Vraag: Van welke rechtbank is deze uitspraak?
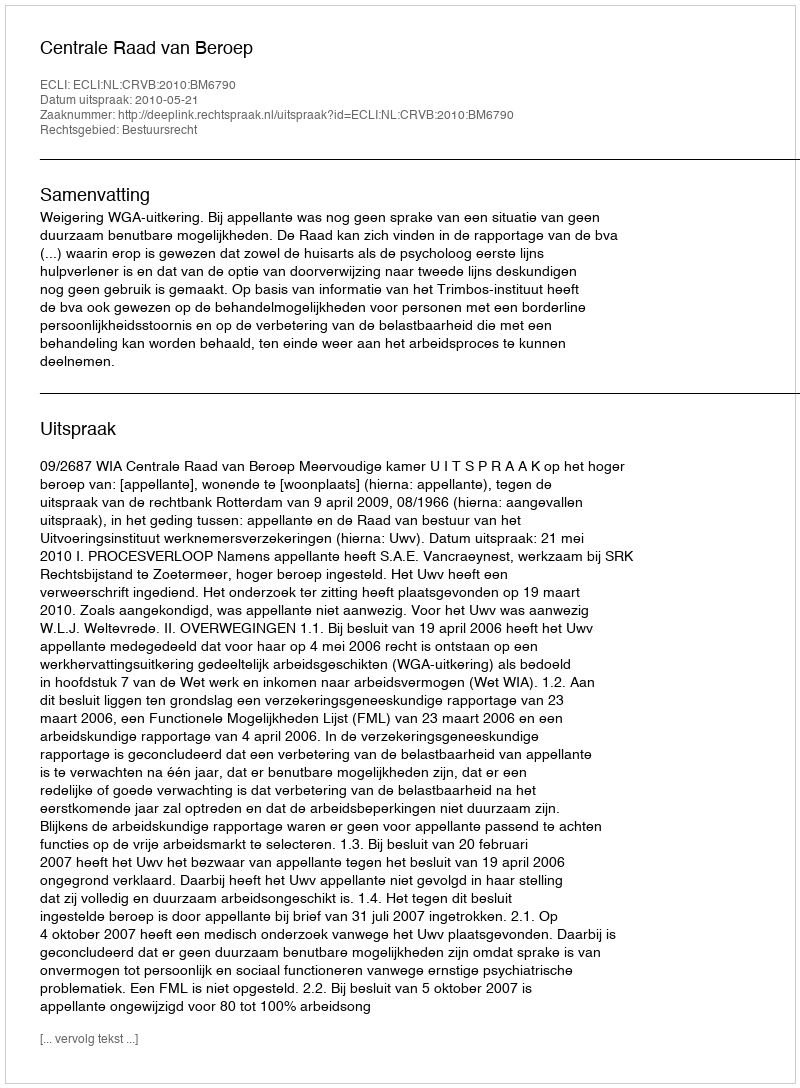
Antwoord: Centrale Raad van Beroep